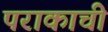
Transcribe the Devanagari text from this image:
पराकाची